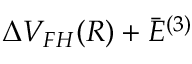
\Delta V _ { F H } ( R ) + \bar { E } ^ { ( 3 ) }